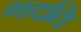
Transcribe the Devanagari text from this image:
गदति